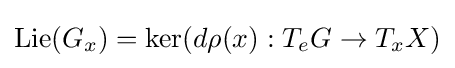
\operatorname {Lie} (G_{x})=\ker(d\rho (x):T_{e}G\to T_{x}X)